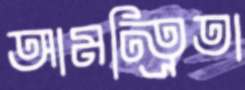
আমন্ত্রিতা